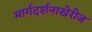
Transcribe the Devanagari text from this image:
मार्गदर्शनाखेरीज